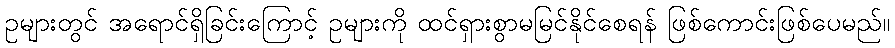
ဥများတွင် အရောင်ရှိခြင်းကြောင့် ဥများကို ထင်ရှားစွာမမြင်နိုင်စေရန် ဖြစ်ကောင်းဖြစ်ပေမည်။